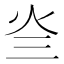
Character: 𤆜